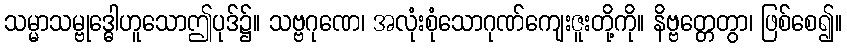
သမ္မာသမ္ဗုဒ္ဓေါဟူသောဤပုဒ်၌။ သဗ္ဗဂုဏေ၊ အလုံးစုံသောဂုဏ်ကျေးဇူးတို့ကို။ နိဗ္ဗတ္တေတွာ၊ ဖြစ်စေ၍။